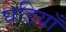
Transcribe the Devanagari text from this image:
घडियाँ